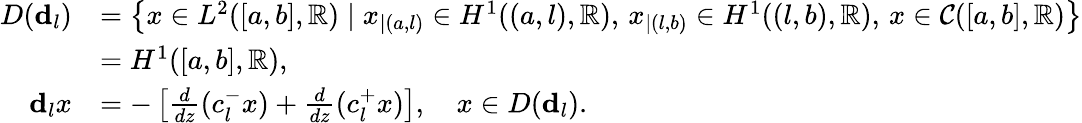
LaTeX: \begin{array}{rl}{D(\mathbf{d}_{l})}&{=\left\{ x\in L^{2}([a,b],\mathbb{R})\mid x_{|(a,l)}\in H^{1}((a,l),\mathbb{R}),\, x_{|(l,b)}\in H^{1}((l,b),\mathbb{R}),\, x\in\mathcal{C}([a,b],\mathbb{R})\right\} }\\ &{=H^{1}([a,b],\mathbb{R}),}\\ {\mathbf{d}_{l}x}&{=-\left[\frac{d}{dz}(c_{l}^{-}x)+\frac{d}{dz}(c_{l}^{+}x)\right],\quad x\in D(\mathbf{d}_{l}).}\end{array}